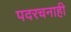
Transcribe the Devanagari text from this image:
पदरचनाही